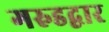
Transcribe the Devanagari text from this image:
गरुडद्वार